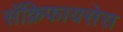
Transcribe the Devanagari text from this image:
सॅक्रिफायसेस